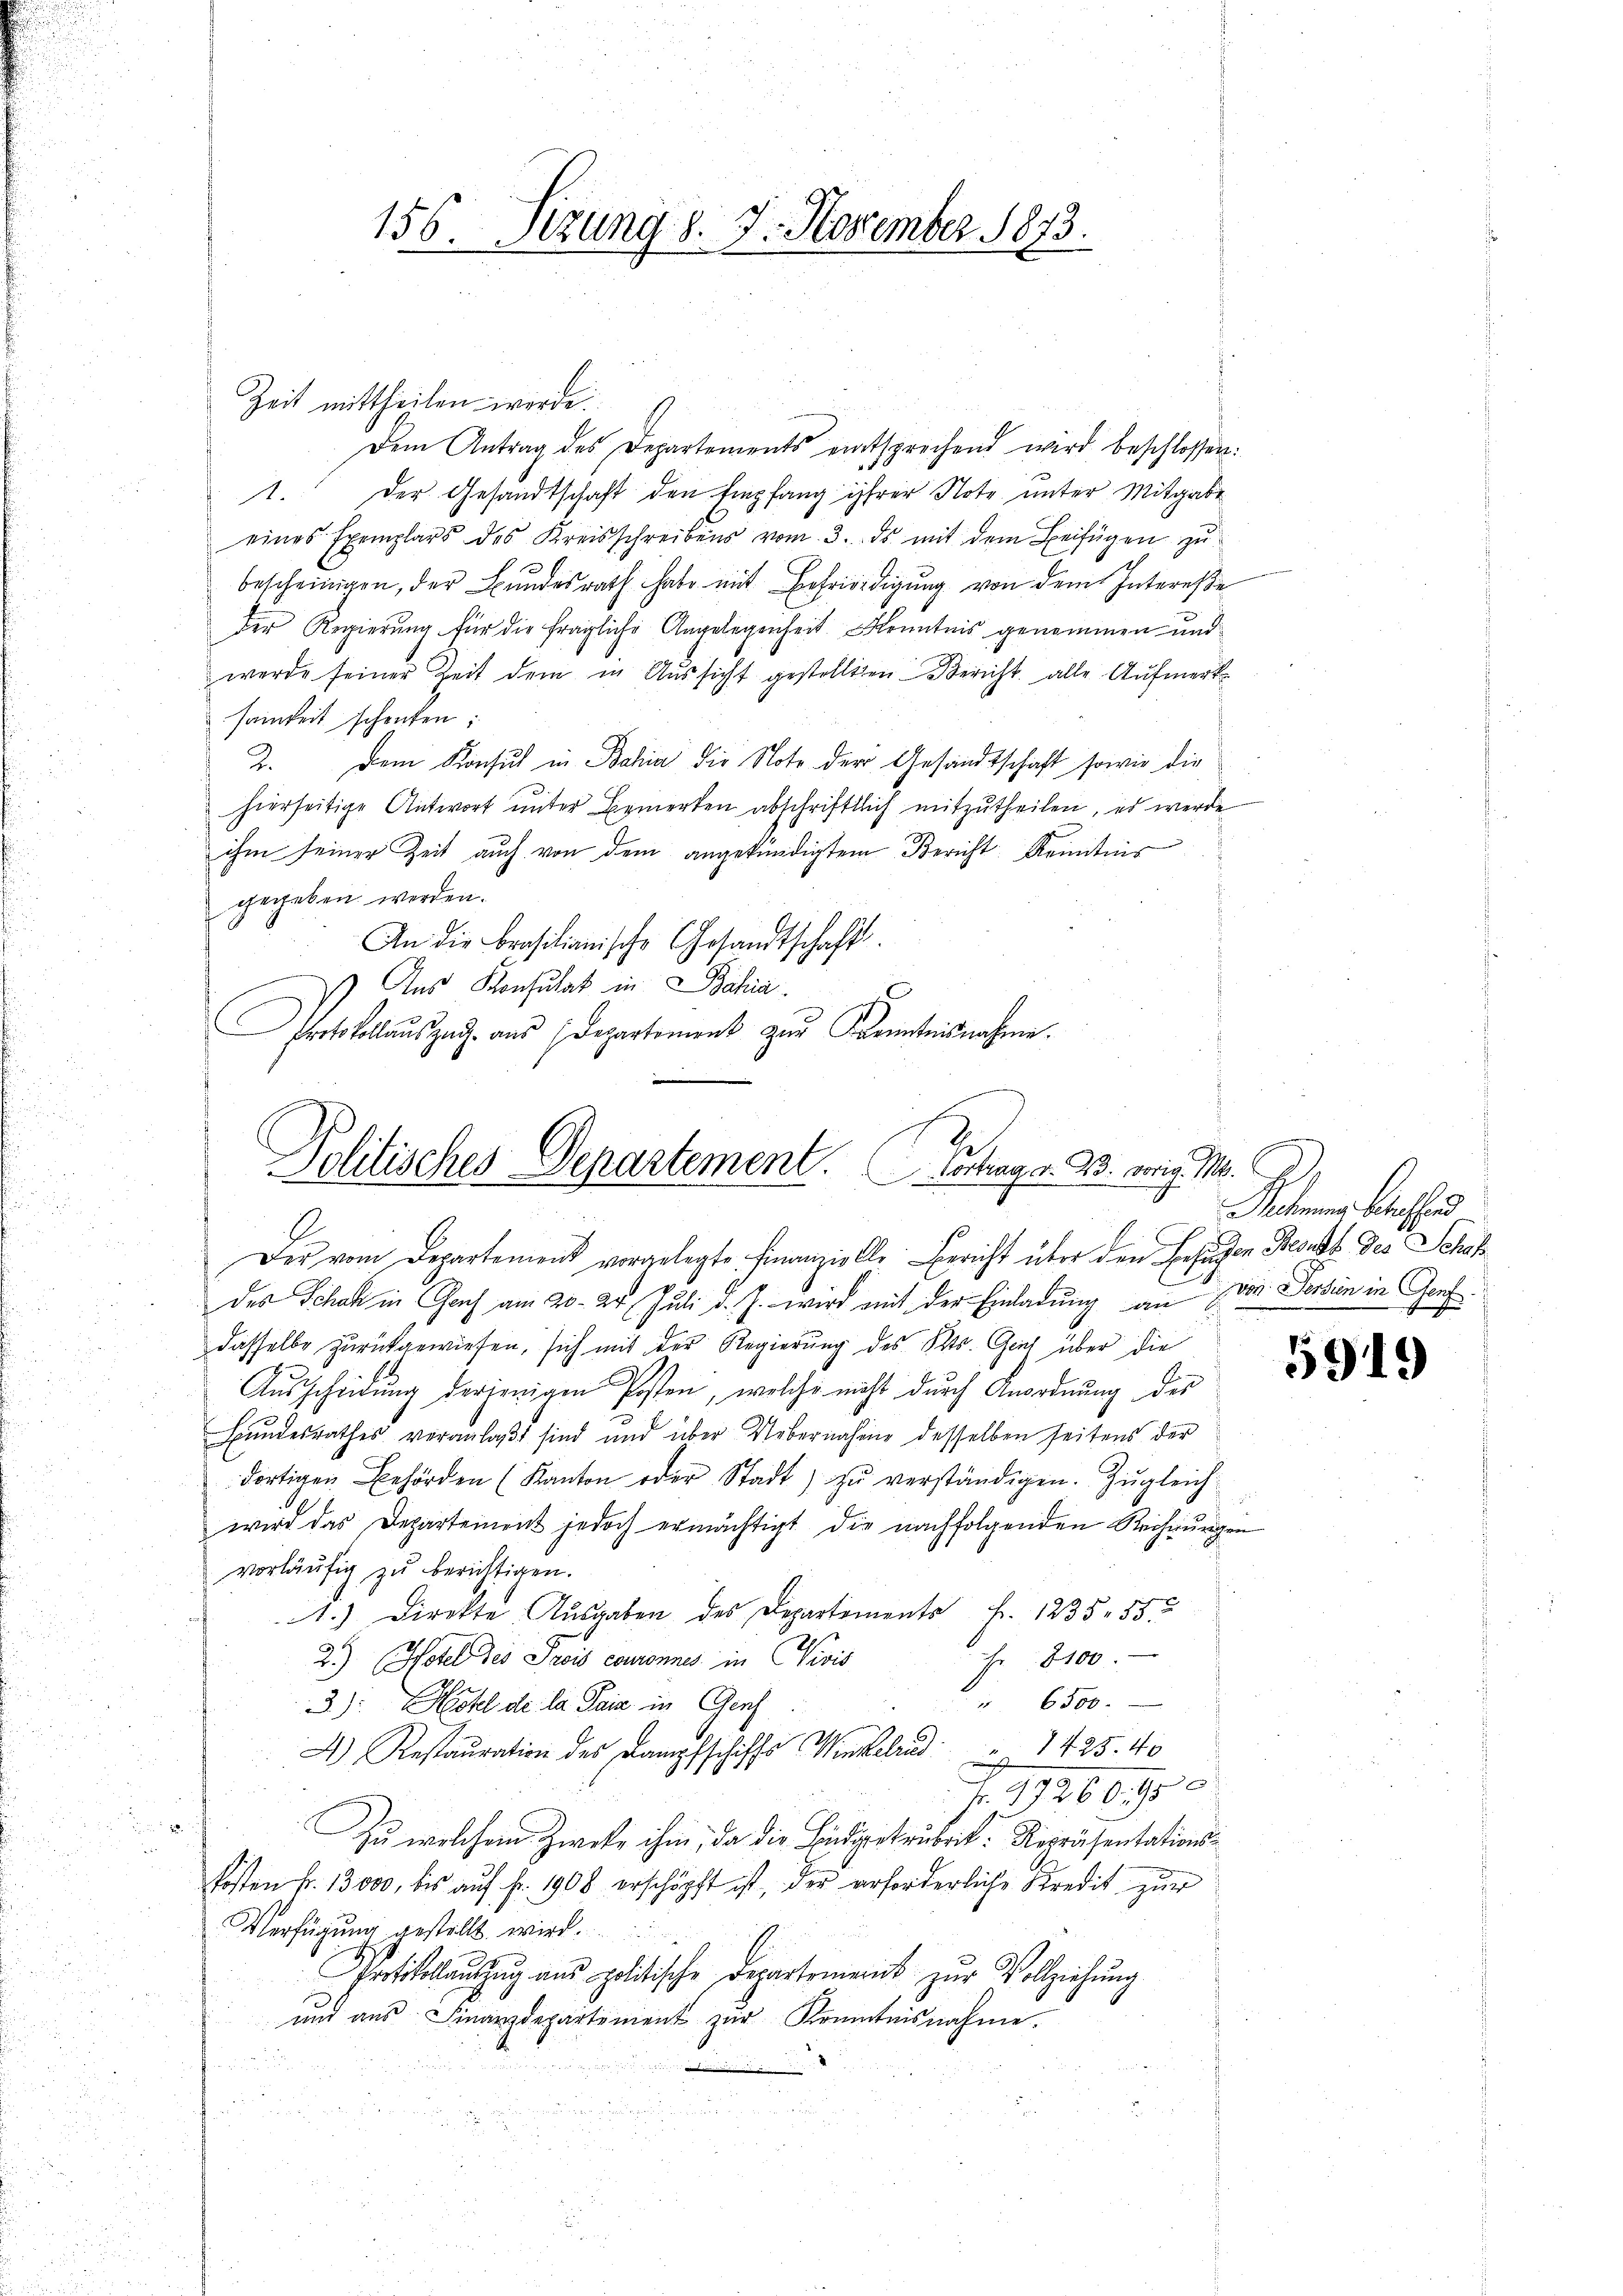
156. Seizung 8. 7. November 1873.

Zeit mittheilen werde.
Dem Antrag des Departements entsprechend wird beschlossen:
1. Der Gesandtschaft den Empfang ihrer Note unter Mitgabe
eines Exemplars des Kreisschreibens vom 3. ds mit dem Beifügen zŭ
bescheinigen, der Bundesrath habe mit Befriedigung von dem Intereße
Der Regierung für die fragliche Angelegenheit Kenntnis genommen und
werde seiner Zeit dem in Aussicht gestellten Bericht alle Aufmerksamkeit schenken:
2. Dem Konsul in Bahia die Note der Gesandtschaft sowie die
hierseitige Antwort unter Bemerken abschriftlich mitzutheilen, es werde
ihm seiner Zeit auch von dem angekündigtem Bericht Kenntnis
gegeben worden.
An die Brasilianische Gesandtschaft.
s
Der vom Departement vorgelegte Finanzielle Bericht über den Behagen Bernst des Schaf
des Schaft in Chach am 20. 24. Juli d. J. wird mit der Einladung an Dr. Fertin in Genf
dasselbe zurückgewiesen, sich mit der Regierung des Kts. Gent über die
Ausscheidung derjenigen Posten, welche nicht durch Anordnung der
Bundesrathes veranlaßt sind und über Uebernahme desselben seitens der
dortigen Behörden (Kanton oder Stadt) zŭ verständigen. Zŭgleich
wird das Departement jedoch ermächtigt die nachfolgenden Rechnŭngen
vorläufig zu berichtigen.
1.) Direkte Aŭsgaben des Departiments Fr. 1235. 55
Fr. 8100.
2.) (Hotel des Grois couronnes in Nivis
6500.
3): Hotel de la Paia in Genf
7425. 40
A Restauration des Kampfschiffs Winkelrad
h
Fr. 1726 f. 95
2
Zu welchem Zweke ihm, da die Budgetrubrik: Repräsentationskosten fr. 13000. bis aŭf fr. 1908 erschöpft ist, der erforderliche Kredit zur
Verfügung gestellt wird.
Protokollauszug aus politische Departement zur Vollziehung
und aŭs Finanzdepartement zŭr Kenntnisnahme.

Aus Konsulat in Bahia
Artokolauszug aus Departement zur Kenntnißnahme.
Politisches Departement. Vortrag von 33. weig. M.

.

Retenen Betreffend